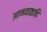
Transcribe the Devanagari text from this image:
आमवातादि